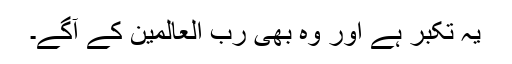
یہ تکبر ہے اور وہ بھی رب العالمین کے آگے۔